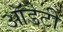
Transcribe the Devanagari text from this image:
ऑडेटी